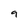
Character: 9